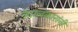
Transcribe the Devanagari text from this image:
वेदालंकारांनी